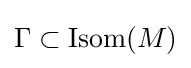
\Gamma \subset \mathrm {Isom} (M)